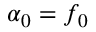
\alpha _ { 0 } = f _ { 0 }